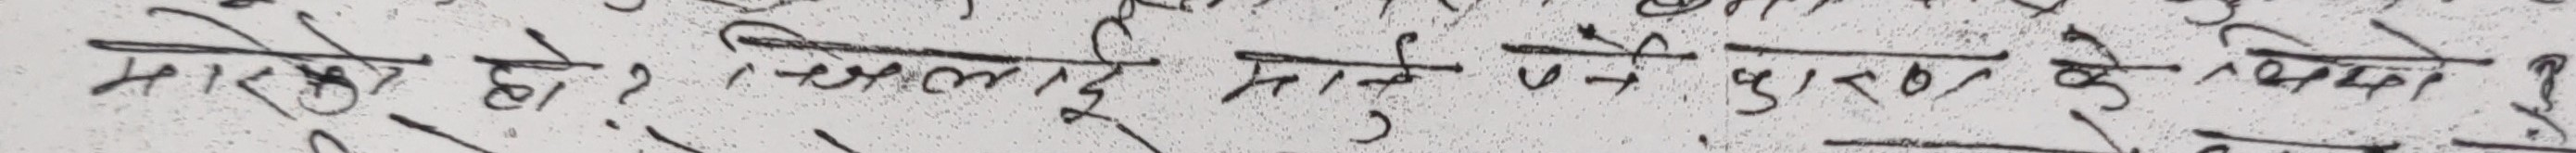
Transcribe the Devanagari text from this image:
मार्को हो, इसलिए मान्ने हुँदा पूरा के विषयमा